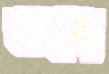
ভবে